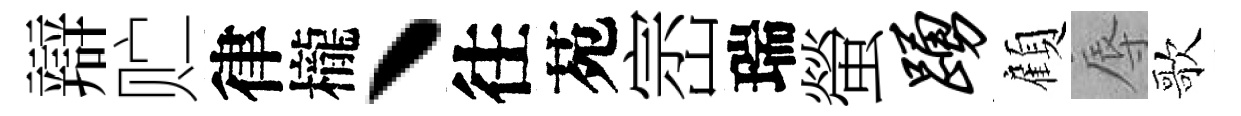
辯贮律櫳丶往苑崈瑞螢踊顧辱歌